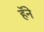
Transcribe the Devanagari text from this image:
हॅने